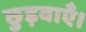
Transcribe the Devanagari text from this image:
छुड़वाएँ।